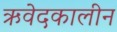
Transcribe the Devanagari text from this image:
ऋवेदकालीन